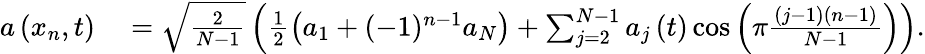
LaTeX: \begin{array}{rl}{a\left(x_{n},t\right)}&{{}=\sqrt{\frac{2}{N-1}}\left(\frac{1}{2}\left(a_{1}+(-1)^{n-1}a_{N}\right)+\sum_{j=2}^{N-1}a_{j}\left(t\right)\cos\left(\pi\frac{\left(j-1\right)\left(n-1\right)}{N-1}\right)\right).}\end{array}